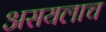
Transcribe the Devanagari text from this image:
असयलाच